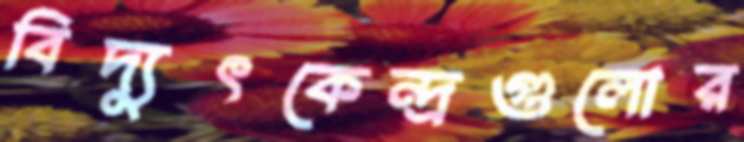
বিদ্যুৎকেন্দ্রগুলোর